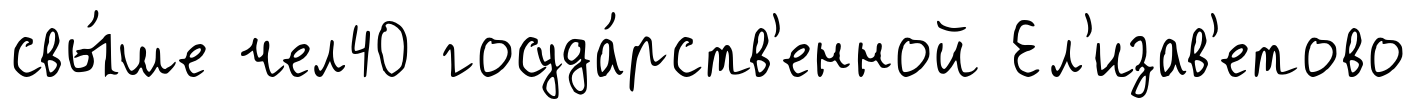
свы́ше чел40 госуда́рств'енной Ел'изав'етово